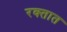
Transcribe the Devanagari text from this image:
रक्‍तात